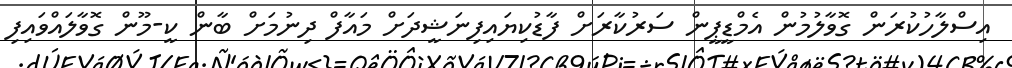
އިސްލާހުކުރަން ގޮވާލުމުން އެމްޑީޕީން ސަރުކާރަށް ފާޑުކިޔައިފިނަޝީދަށް މައާފް ދިނުމަށް ބާން ކީ-މޫން ގޮވާލައްވައިފި